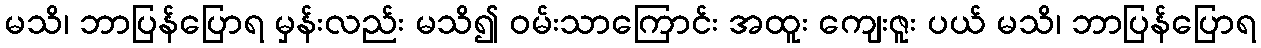
မသိ၊ ဘာပြန်ပြောရ မှန်းလည်း မသိ၍ ဝမ်းသာကြောင်း အထူး ကျေးဇူး ပယ် မသိ၊ ဘာပြန်ပြောရ